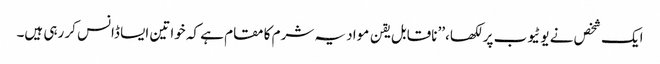
ایک شخص نے یوٹیوب پر لکھا،’’ ناقابل یقن مواد یہ شرم کا مقام ہے کہ خواتین ایسا ڈانس کر رہی ہیں۔